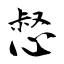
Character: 惄